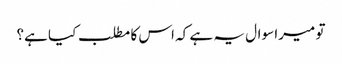
تو میرا سوال یہ ہے کہ اس کا مطلب کیا ہے؟